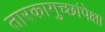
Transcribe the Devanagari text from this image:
तारकागुच्छांपेक्षा